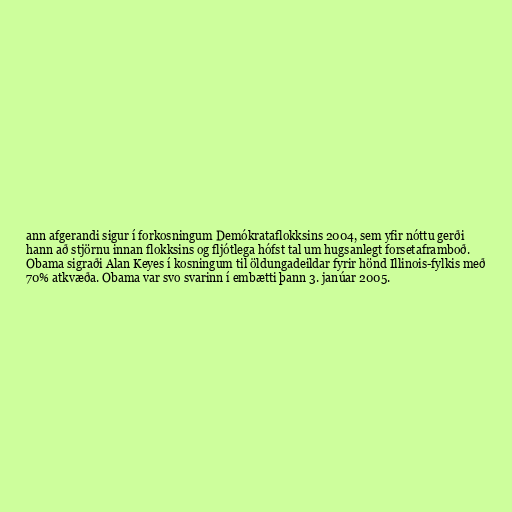
ann afgerandi sigur í forkosningum Demókrataflokksins 2004, sem yfir nóttu gerði
hann að stjörnu innan flokksins og fljótlega hófst tal um hugsanlegt forsetaframboð.
Obama sigraði Alan Keyes í kosningum til öldungadeildar fyrir hönd Illinois-fylkis með
70% atkvæða. Obama var svo svarinn í embætti þann 3. janúar 2005.